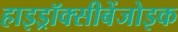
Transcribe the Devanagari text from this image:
हाइड्रॉक्सीबेंजोइक